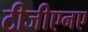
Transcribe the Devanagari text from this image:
टीजीएनए